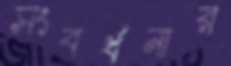
সংবর্ধনার